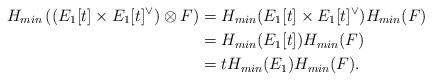
LaTeX: \begin{align*}H_{min}\left( (E_1[t]\times E_1[t]^{\vee}) \otimes F\right)&=H_{min}(E_1[t]\times E_1[t]^{\vee})H_{min}(F)\\&=H_{min}(E_1[t])H_{min}(F)\\&=t H_{min}(E_1)H_{min}(F).\end{align*}